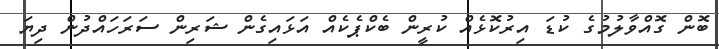
ބޮން ގޮއްވާލުމުގެ ކުޑަ އިރުކޮޅެއް ކުރީން ބެކްޕެކެއް އަޅައިގެން ޝަރިން ސަރަހައްދުން ދިޔަ